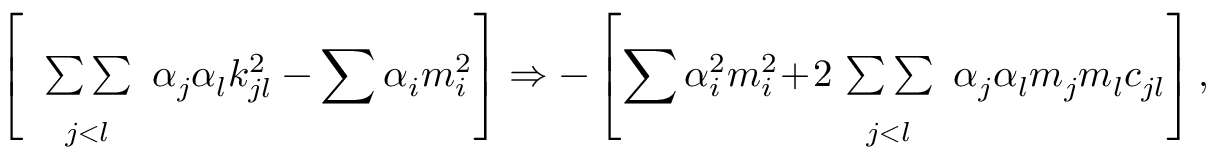
\left[ \begin{array} { c } { { { } } } \\ { { { \sum \sum } } } \\ { { { } _ { j < l } } } \end{array} \alpha _ { j } \alpha _ { l } k _ { j l } ^ { 2 } - \sum \alpha _ { i } m _ { i } ^ { 2 } \right] \Rightarrow - \left[ \sum \alpha _ { i } ^ { 2 } m _ { i } ^ { 2 } \! + \! 2 \! \begin{array} { c } { { { } } } \\ { { { \sum \sum } } } \\ { { { } _ { j < l } } } \end{array} \alpha _ { j } \alpha _ { l } m _ { j } m _ { l } c _ { j l } \right] ,